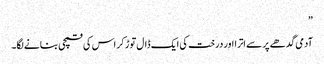
”
آدمی گدھے پر سے اترا اور درخت کی ایک ڈال توڑ کر اس کی قمچی بنانے لگا۔